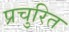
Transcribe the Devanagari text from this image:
प्रचुरित